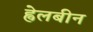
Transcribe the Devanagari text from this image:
ह्वेलबीन